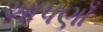
આપણાઁ